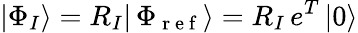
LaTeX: |\Phi_{I}\rangle=R_{I}|\, \Phi_{\mathrm{~r~e~f~}}\rangle=R_{I}\, e^{T}\, |0\rangle